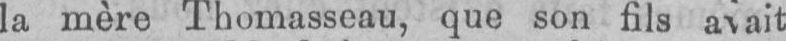
la mère Thomasseau, que son fils avait